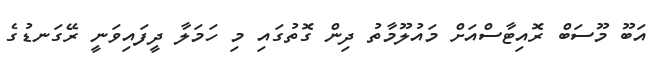
އަބޫ މޫސަބް ރޮއިޓާސްއަށް މައުލޫމާތު ދިން ގޮތުގައި މި ހަމަލާ ދީފައިވަނީ ރޭގަނޑުގެ